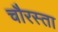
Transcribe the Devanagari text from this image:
चौरस्ता